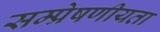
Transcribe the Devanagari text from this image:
सम्‍प्रेषणीयता